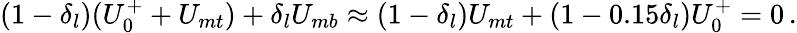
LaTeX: (1-\delta_{l})(U_{0}^{+}+U_{mt})+\delta_{l}U_{mb}\approx(1-\delta_{l})U_{mt}+(1-0.15\delta_{l})U_{0}^{+}=0\, .